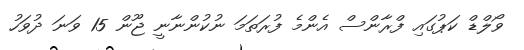
ވޯލްޑް ކަޕުގައި ފްރާންސް އެންމެ ފުރަތަމަ ނުކުންނާނީ ޖޫން 15 ވަނަ ދުވަހު